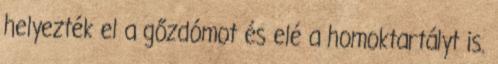
helyezték el a gőzdómot és elé a homoktartályt is.